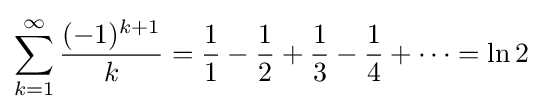
\sum _{k=1}^{\infty }{\frac {(-1)^{k+1}}{k}}={\frac {1}{1}}-{\frac {1}{2}}+{\frac {1}{3}}-{\frac {1}{4}}+\cdots =\ln 2